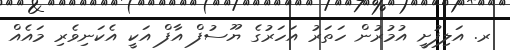
ރ. އަލިފުށީ އުމުރުން ހަތަރު އަހަރުގެ ޔޫސުފް އާފް އަކީ އެކަނިވެރި މައެއް